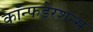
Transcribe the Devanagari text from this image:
कॉन्फडेरशन्स